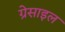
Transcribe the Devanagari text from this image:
ग्रेसाइल